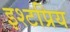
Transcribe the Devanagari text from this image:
इश्टप्रिय